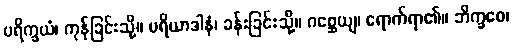
ပရိက္ခယံ၊ ကုန်ခြင်းသို့။ ပရိယာဒါနံ၊ ခန်းခြင်းသို့။ ဂစ္ဆေယျ၊ ရောက်ရာ၏။ ဘိက္ခဝေ၊